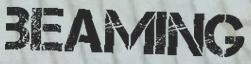
BEAMING